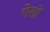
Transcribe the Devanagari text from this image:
गेसों